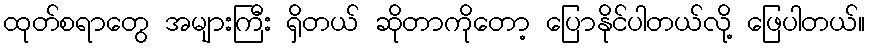
ထုတ်စရာတွေ အများကြီး ရှိတယ် ဆိုတာကိုတော့ ပြောနိုင်ပါတယ်လို့ ဖြေပါတယ်။